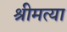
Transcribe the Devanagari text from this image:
श्रीमत्या